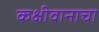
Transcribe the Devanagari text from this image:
कक्षीवानाचा